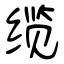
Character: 缆